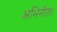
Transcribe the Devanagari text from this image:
अभिनीत।